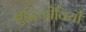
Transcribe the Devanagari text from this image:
बुद्धिजीवियॊं